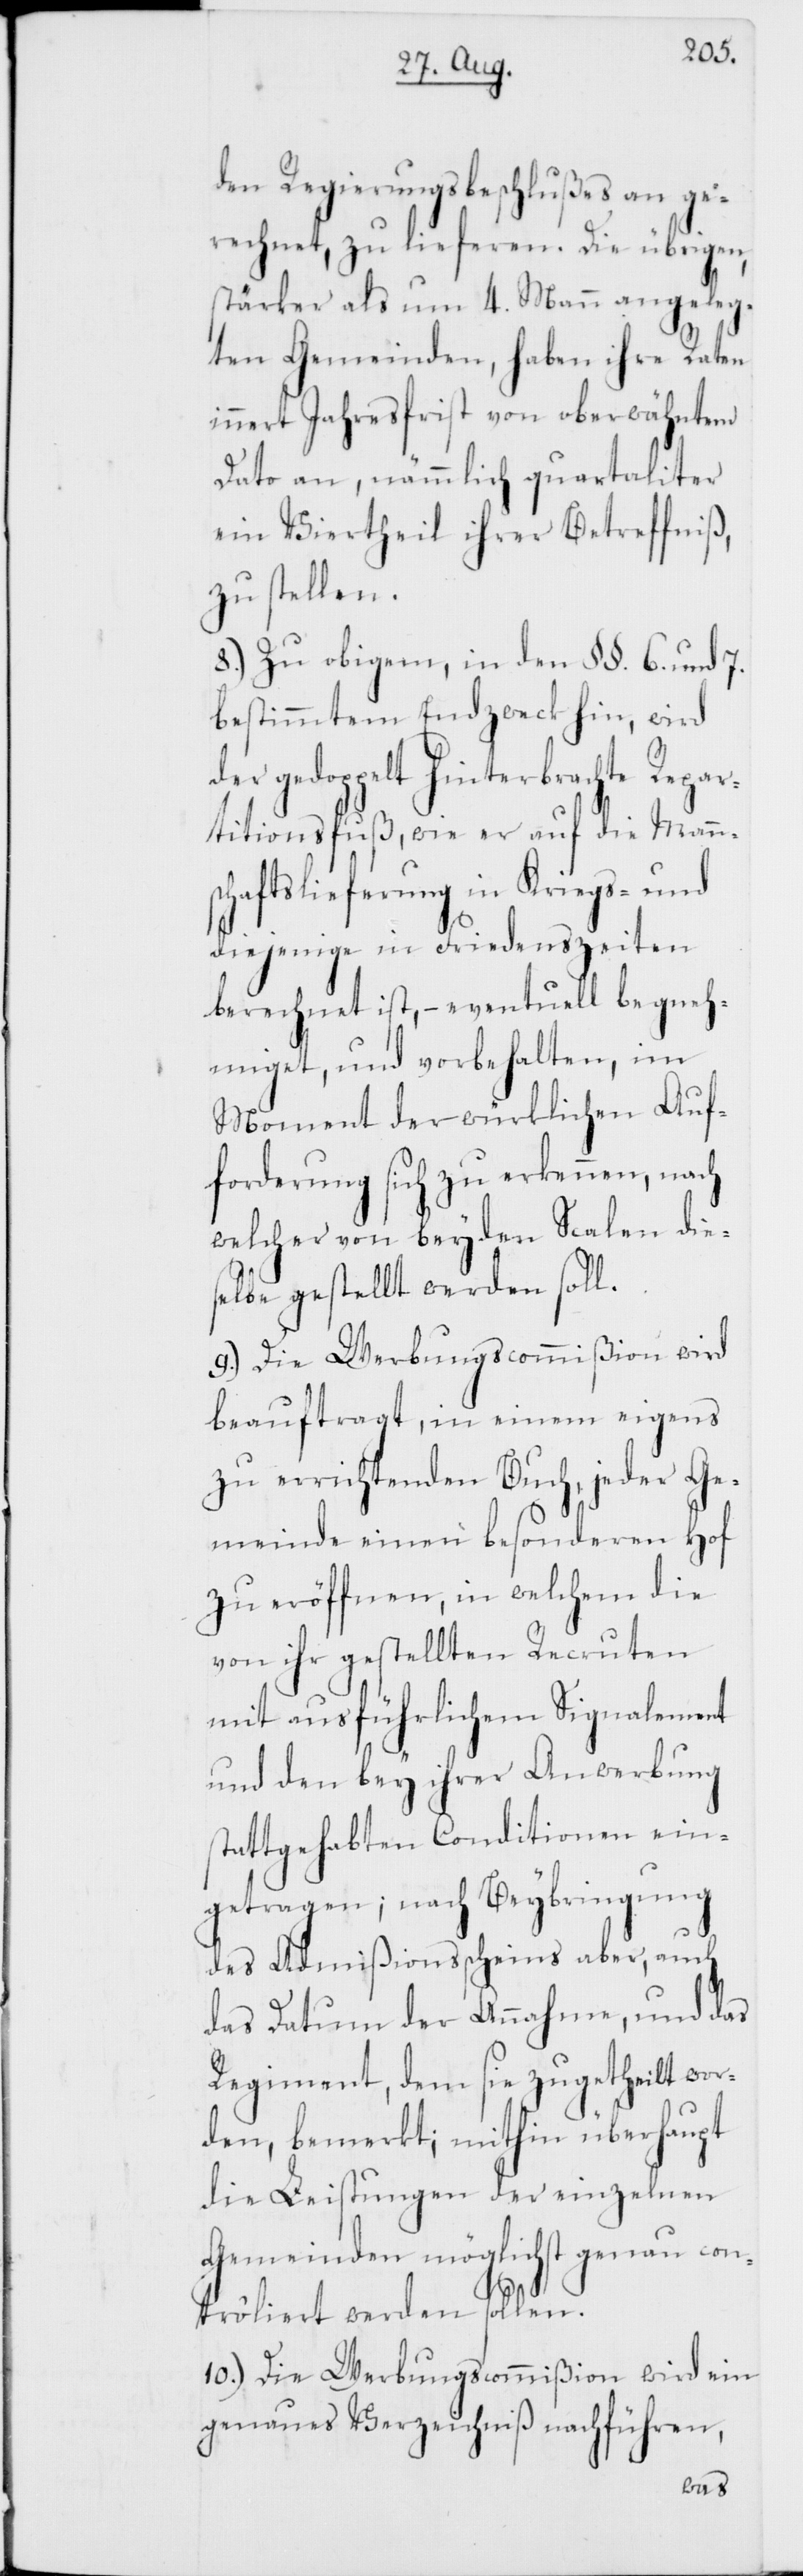
den Regierungsbeschlußes an ge¬
rechnet, zu lieferen. Die übrigen,
stärker als um 4. Mann angeleg¬
ten Gemeinden, haben ihre Raten
innert Jahresfrist von oberwähntem
Dato an, nämmlich quartaliter
ein Viertheil ihrer Betreffniß
zu stellen.
8.) Zu obigem, in den §§. 6. und 7.
bestimmten Endzweck hin, wird
der gedoppelt hinterbrachte Repar¬
titionsfuß, wie er auf die Mann¬
schaftslieferung in Kriegs- und
diejenige in Friedenszeiten
berechnet ist, – eventuell begneh¬
miget, und vorbehalten, im
Moment der würklichen Auf¬
forderung sich zu erkennen, nach
welcher von beyden Scalen dies¬
elbe gestellt werden soll.
9.) Die Werbungscommißion wird
beauftragt, in einem eigens
zu errichtenden Buch, jeder Ge¬
meinde einen besonderen Hof
zu eröffnen, in welchem die
von ihr gestellten Recruten
mit ausführlichem Signalement
und den bey ihrer Anwerbung
stattgehabten Conditionen ein¬
ung
getragen; nach Beybring¬
des Admißionsscheins aber, auch
das Datum der Annahme, und das
Regiment, dem sie zugetheilt wor¬
den, bemerkt; mithin überhaupt
die Leistungen der einzelnen
Gemeinden möglichst genau con¬
troliert werden sollen.
10.) Die Werbungscommißion wird ein
genaues Verzeichniß nachführen,